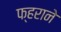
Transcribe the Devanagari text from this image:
फ्हराने